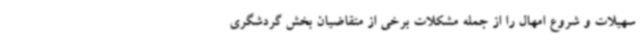
سهیلات و شروع امهال را از جمله مشکلات برخی از متقاضیان بخش گردشگری